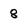
Character: 8